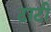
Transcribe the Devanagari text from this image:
टाटी